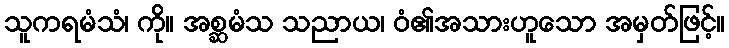
သူကရမံသံ၊ ကို။ အစ္ဆမံသ သညာယ၊ ဝံ၏အသားဟူသော အမှတ်ဖြင့်။